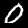
Label: 0